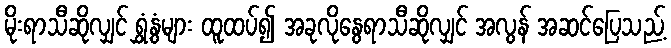
မိုးရာသီဆိုလျှင် ရွှံ့နွံများ ထူထပ်၍ အခုလိုနွေရာသီဆိုလျှင် အလွန် အဆင်ပြေသည့်